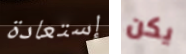
إستعادة يكن